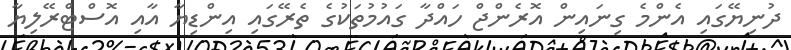
ދުނިޔޭގައި އެންމެ ގިނައިން އޮރެންޖް ހައްދާ ގައުމުތަކުގެ ތެރޭގައި އިންޑިޔާ އާއި އޮސްޓްރޭލިޔާ